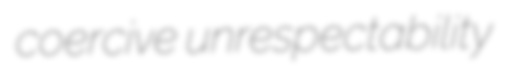
coercive unrespectability